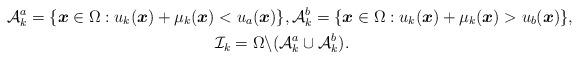
LaTeX: \begin{align*} \mathcal{A}_{k}^a = \{\boldsymbol{x} \in \Omega: u_k(\boldsymbol{x}) + \mu_k(\boldsymbol{x}) &< u_a(\boldsymbol{x}) \}, \mathcal{A}_{k}^b = \{\boldsymbol{x} \in \Omega: u_k(\boldsymbol{x}) + \mu_k(\boldsymbol{x}) > u_b(\boldsymbol{x}) \}, \\ &\mathcal{I}_{k} = \Omega \backslash (\mathcal{A}_k^a \cup \mathcal{A}_k^b).\end{align*}